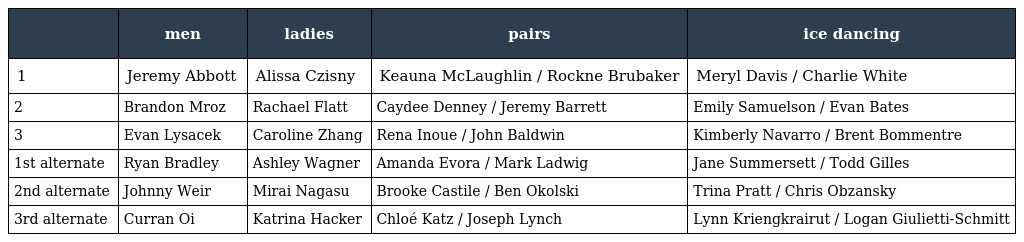
|  | men | ladies | pairs | ice dancing |
 | --- | --- | --- | --- | --- |
 | 1 | Jeremy Abbott | Alissa Czisny | Keauna McLaughlin / Rockne Brubaker | Meryl Davis / Charlie White |
 | 2 | Brandon Mroz | Rachael Flatt | Caydee Denney / Jeremy Barrett | Emily Samuelson / Evan Bates |
 | 3 | Evan Lysacek | Caroline Zhang | Rena Inoue / John Baldwin | Kimberly Navarro / Brent Bommentre |
 | 1st alternate | Ryan Bradley | Ashley Wagner | Amanda Evora / Mark Ladwig | Jane Summersett / Todd Gilles |
 | 2nd alternate | Johnny Weir | Mirai Nagasu | Brooke Castile / Ben Okolski | Trina Pratt / Chris Obzansky |
 | 3rd alternate | Curran Oi | Katrina Hacker | Chloé Katz / Joseph Lynch | Lynn Kriengkrairut / Logan Giulietti-Schmitt |